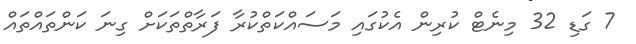
7 ގަޑި 32 މިނެޓް ކުރިން އެކުގައި މަސައްކަތްކުރާ ފަރާތްތަކަށް ގިނަ ކަންތައްތައް